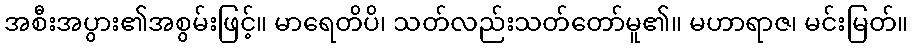
အစီးအပွား၏အစွမ်းဖြင့်။ မာရေတိပိ၊ သတ်လည်းသတ်တော်မူ၏။ မဟာရာဇ၊ မင်းမြတ်။